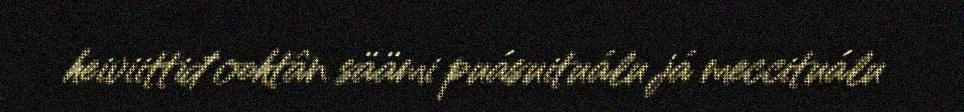
heiviittiđ oohtân säämi puásuituálu já meccituálu